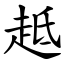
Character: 趆